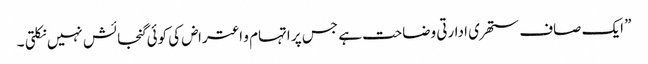
” ایک صاف ستھری ادارتی وضاحت ہے جس پر اتہام و اعتراض کی کوئی گنجائش نہیں نکلتی ۔